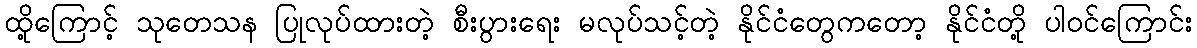
ထို့ကြောင့် သုတေသန ပြုလုပ်ထားတဲ့ စီးပွားရေး မလုပ်သင့်တဲ့ နိုင်ငံတွေကတော့ နိုင်ငံတို့ ပါဝင်ကြောင်း